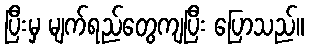
ပြီးမှ မျက်ရည်တွေကျပြီး ပြောသည်။